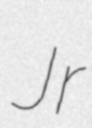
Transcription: Jr